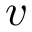
\boldsymbol { v }